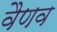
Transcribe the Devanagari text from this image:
वैणव